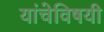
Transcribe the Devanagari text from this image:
यांचेविषयी